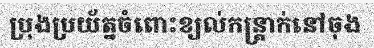
ប្រុងប្រយ័ត្នចំពោះខ្យល់កន្ត្រាក់នៅចុង